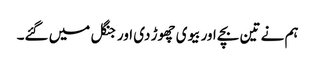
ہم نے تین بچے اور بیوی چھوڑ دی اور جنگل میں گئے۔